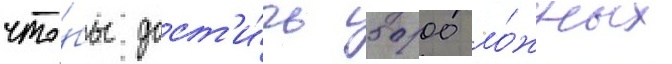
что́бы дост'и́чь 5000 ло́жных